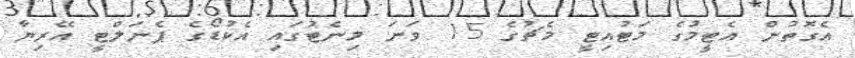
އެގޮތުން އެޓީމުގެ މަޓުއިޓީ މެޗުގެ 15 ވަނަ މިނެޓުގައި އެކުޑޯގެ ޕެނަލްޓީ އޭރިޔާ